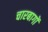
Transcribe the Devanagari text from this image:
चारबागों